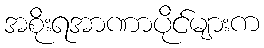
အစိုးရအာဏာပိုင်များက